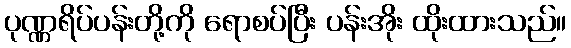
ပုဏ္ဏရိပ်ပန်းတို့ကို ရောစပ်ပြီး ပန်းအိုး ထိုးထားသည်။